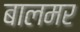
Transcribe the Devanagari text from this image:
बालमर